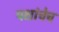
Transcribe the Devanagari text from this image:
पक्षांचेच